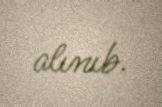
alınıb.